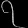
Digit: ၇